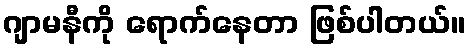
ဂျာမနီကို ရောက်နေတာ ဖြစ်ပါတယ်။